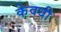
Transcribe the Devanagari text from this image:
केवधी